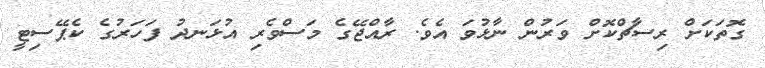
ގޮތަކަށް ރިސާޗްކޮށް ވަރުން ނާޅުވަ އެވެ. ރާއްޖޭގެ މަސްވެރި އުޅަނދު ފަހަރުގެ ކެޕޭސިޓީ